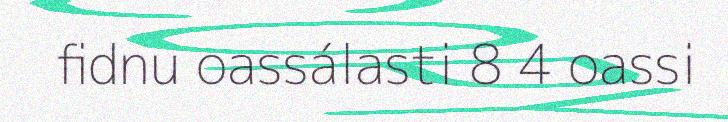
fidnu oassálasti 8 4 oassi